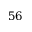
5 6